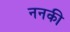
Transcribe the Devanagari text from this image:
ननकी